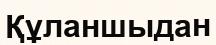
Құланшыдан